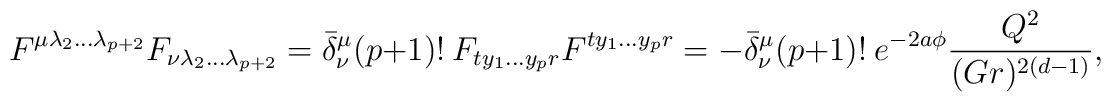
F^{\mu\lambda_2\dots \lambda_{p+2}}F_{\nu\lambda_2\dots\lambda_{p+2}}=\bar{\delta}^\mu_\nu (p+1)!\ F_{t y_1 \dots y_p r}F^{t y_1 \dots y_p r}= -\bar{\delta}^\mu_\nu(p+1)!\ e^{-2a\phi}{Q^2\over (Gr)^{2(d-1)}},